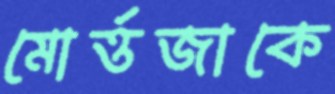
মোর্ত্তজাকে